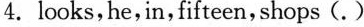
4.looks,he,in,fifteen,shops (.)